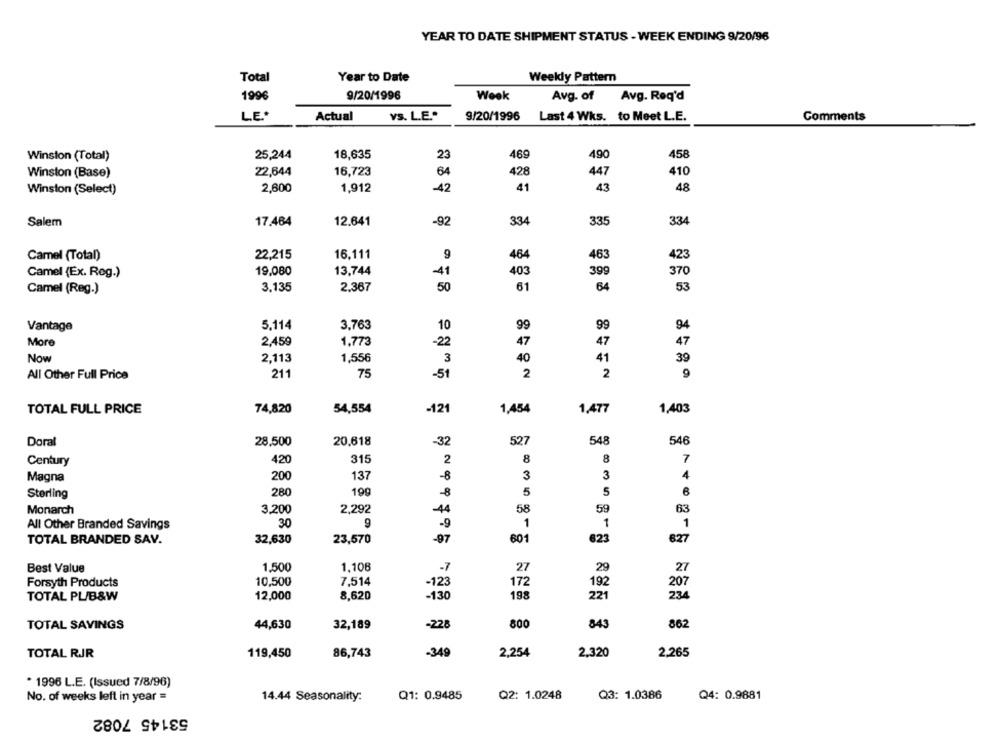
YEAR TO DATE SHIPMENT STATUS - WEEK ENDING 9/20/96
Total
Year to Date
Weekly Pattern
1996
9/20/1996
Week
Avg. of
Avg. Req'd
LE .*
Actual
YS. L.E."
9/20/1996 Last 4 Wks. to Meet L.E.
Comments
25,244
18,635
469
458
Winston (Total)
23
490
Winston (Base)
22,644
16,723
64
428
447
410
41
43
Winston (Select)
2,600
1,912
-42
48
Salem
17.464
12.641
-92
334
335
334
Camel (Total)
22,215
16,111
9
464
463
423
Camel (Ex. Reg.)
19,080
13,744
-41
403
399
370
3.135
2,367
50
61
64
53
Camel (Reg.)
Vantage
5,114
3,763
10
99
99
94
More
2,459
1,773
-22
47
47
47
Now
2,113
1,556
3
40
41
39
All Other Full Price
211
75
-51
2
2
9
54,554
1,477
TOTAL FULL PRICE
74,820
-12
1,454
1,403
Doral
28,500
20,618
-32
527
548
546
Century
420
315
2
8
8
7
137
3
3
Magna
200
-8
4
Sterling
280
199
8
5
5
6
Monarch
3.200
2,292
-44
58
59
63
All Other Branded Savings
30
9
-9
1
1
1
TOTAL BRANDED SAV.
32,630
23,570
-97
601
623
627
Best Value
1.500
1.108
-7
27
29
27
Forsyth Products
10,500
7,514
-123
172
192
207
TOTAL PL/B&W
12,000
8,620
-130
198
221
234
800
843
862
TOTAL SAVINGS
44,630
32,189
-228
TOTAL RJR
86,743
-349
2,254
2,320
2,265
119,450
* 1996 L.E. (Issued 7/8/96)
No. of weeks left in year =
14.44 Seasonality:
Q1: 0.9485
Q2: 1.0248
Q3: 1.0386
Q4: 0.9881
53145 7082